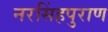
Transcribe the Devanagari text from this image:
नरसिंहपुराण